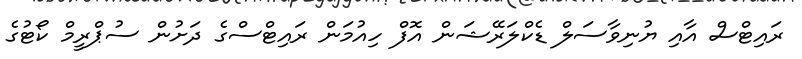
ރައިޓްސް އާއި ޔުނިވާސަލް ޑެކްލަރޭޝަން އޮފް ހިއުމަން ރައިޓްސްގެ ދަށުން ސުޕްރީމް ކޯޓުގެ